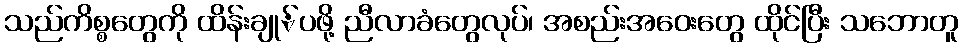
သည်ကိစ္စတွေကို ထိန်းချု်ပဖို့ ညီလာခံတွေလုပ်၊ အစည်းအဝေးတွေ ထိုင်ပြီး သဘောတူ